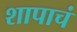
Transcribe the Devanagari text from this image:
शापाचं